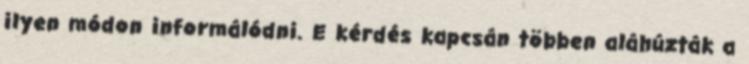
ilyen módon informálódni. E kérdés kapcsán többen aláhúzták a